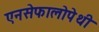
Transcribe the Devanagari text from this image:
एनसेफालोपेथी